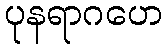
ပုနရာဂဟေ